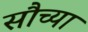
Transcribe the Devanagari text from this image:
सौच्या